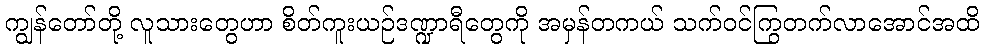
ကျွန်တော်တို့ လူသားတွေဟာ စိတ်ကူးယဉ်ဒဏ္ဍာရီတွေကို အမှန်တကယ် သက်ဝင်ကြွတက်လာအောင်အထိ